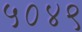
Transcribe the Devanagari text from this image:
५०४९